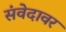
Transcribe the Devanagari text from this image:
संवेदावर